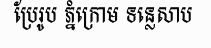
ប្រែរូប ភ្នំក្រោម ទន្លេសាប